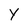
Character: y